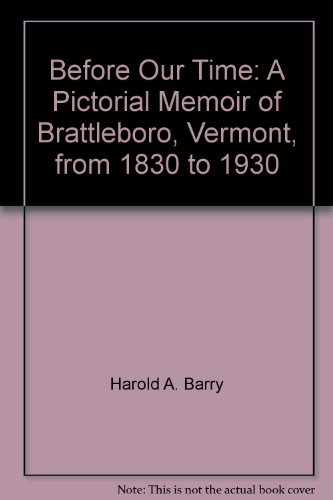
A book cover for Before Our Time: A Pictorial Memoir of Brattleboro, Vermont, from 1830 to 1930; Harold A. Barry; Travel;